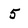
Character: 5